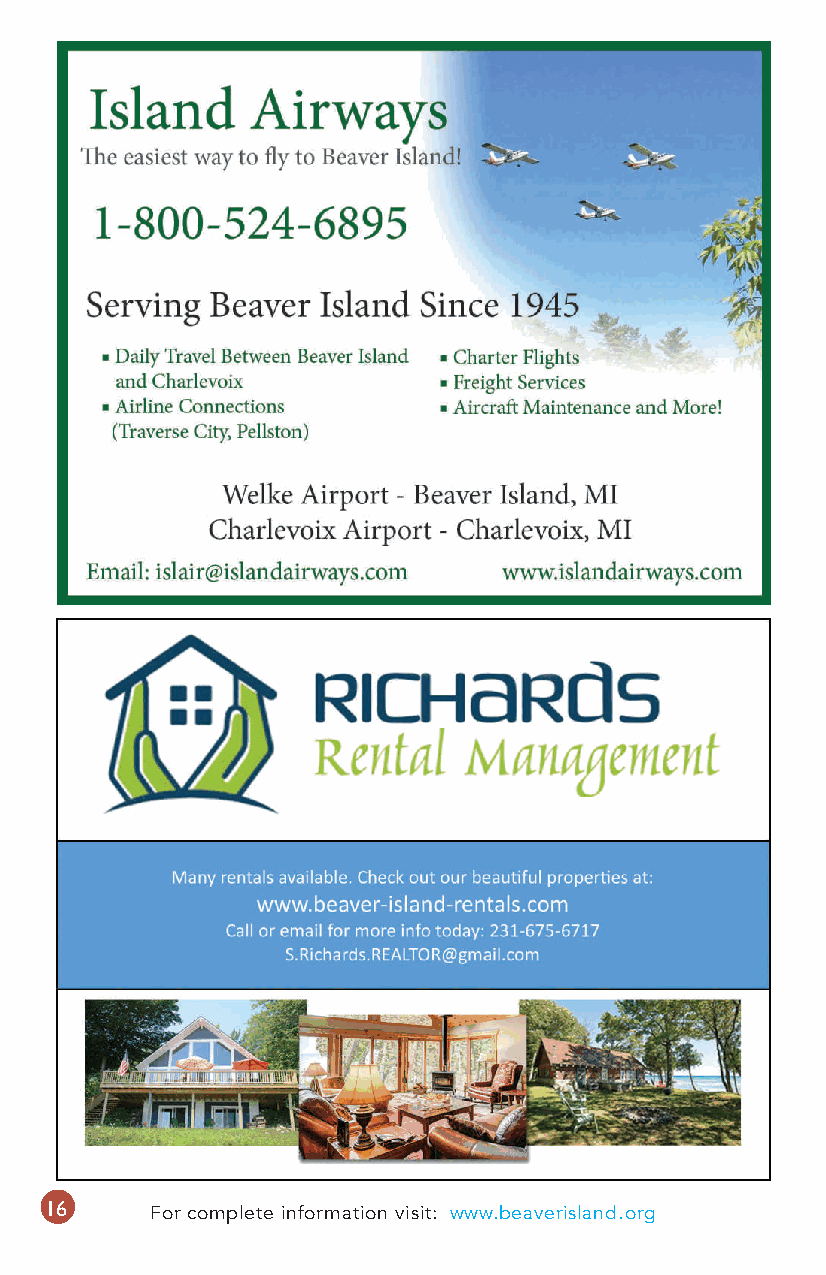
16
 For complete information visit: www.beaverisland.org
 13449.indd 16                                 4/7/17 9:38 AM